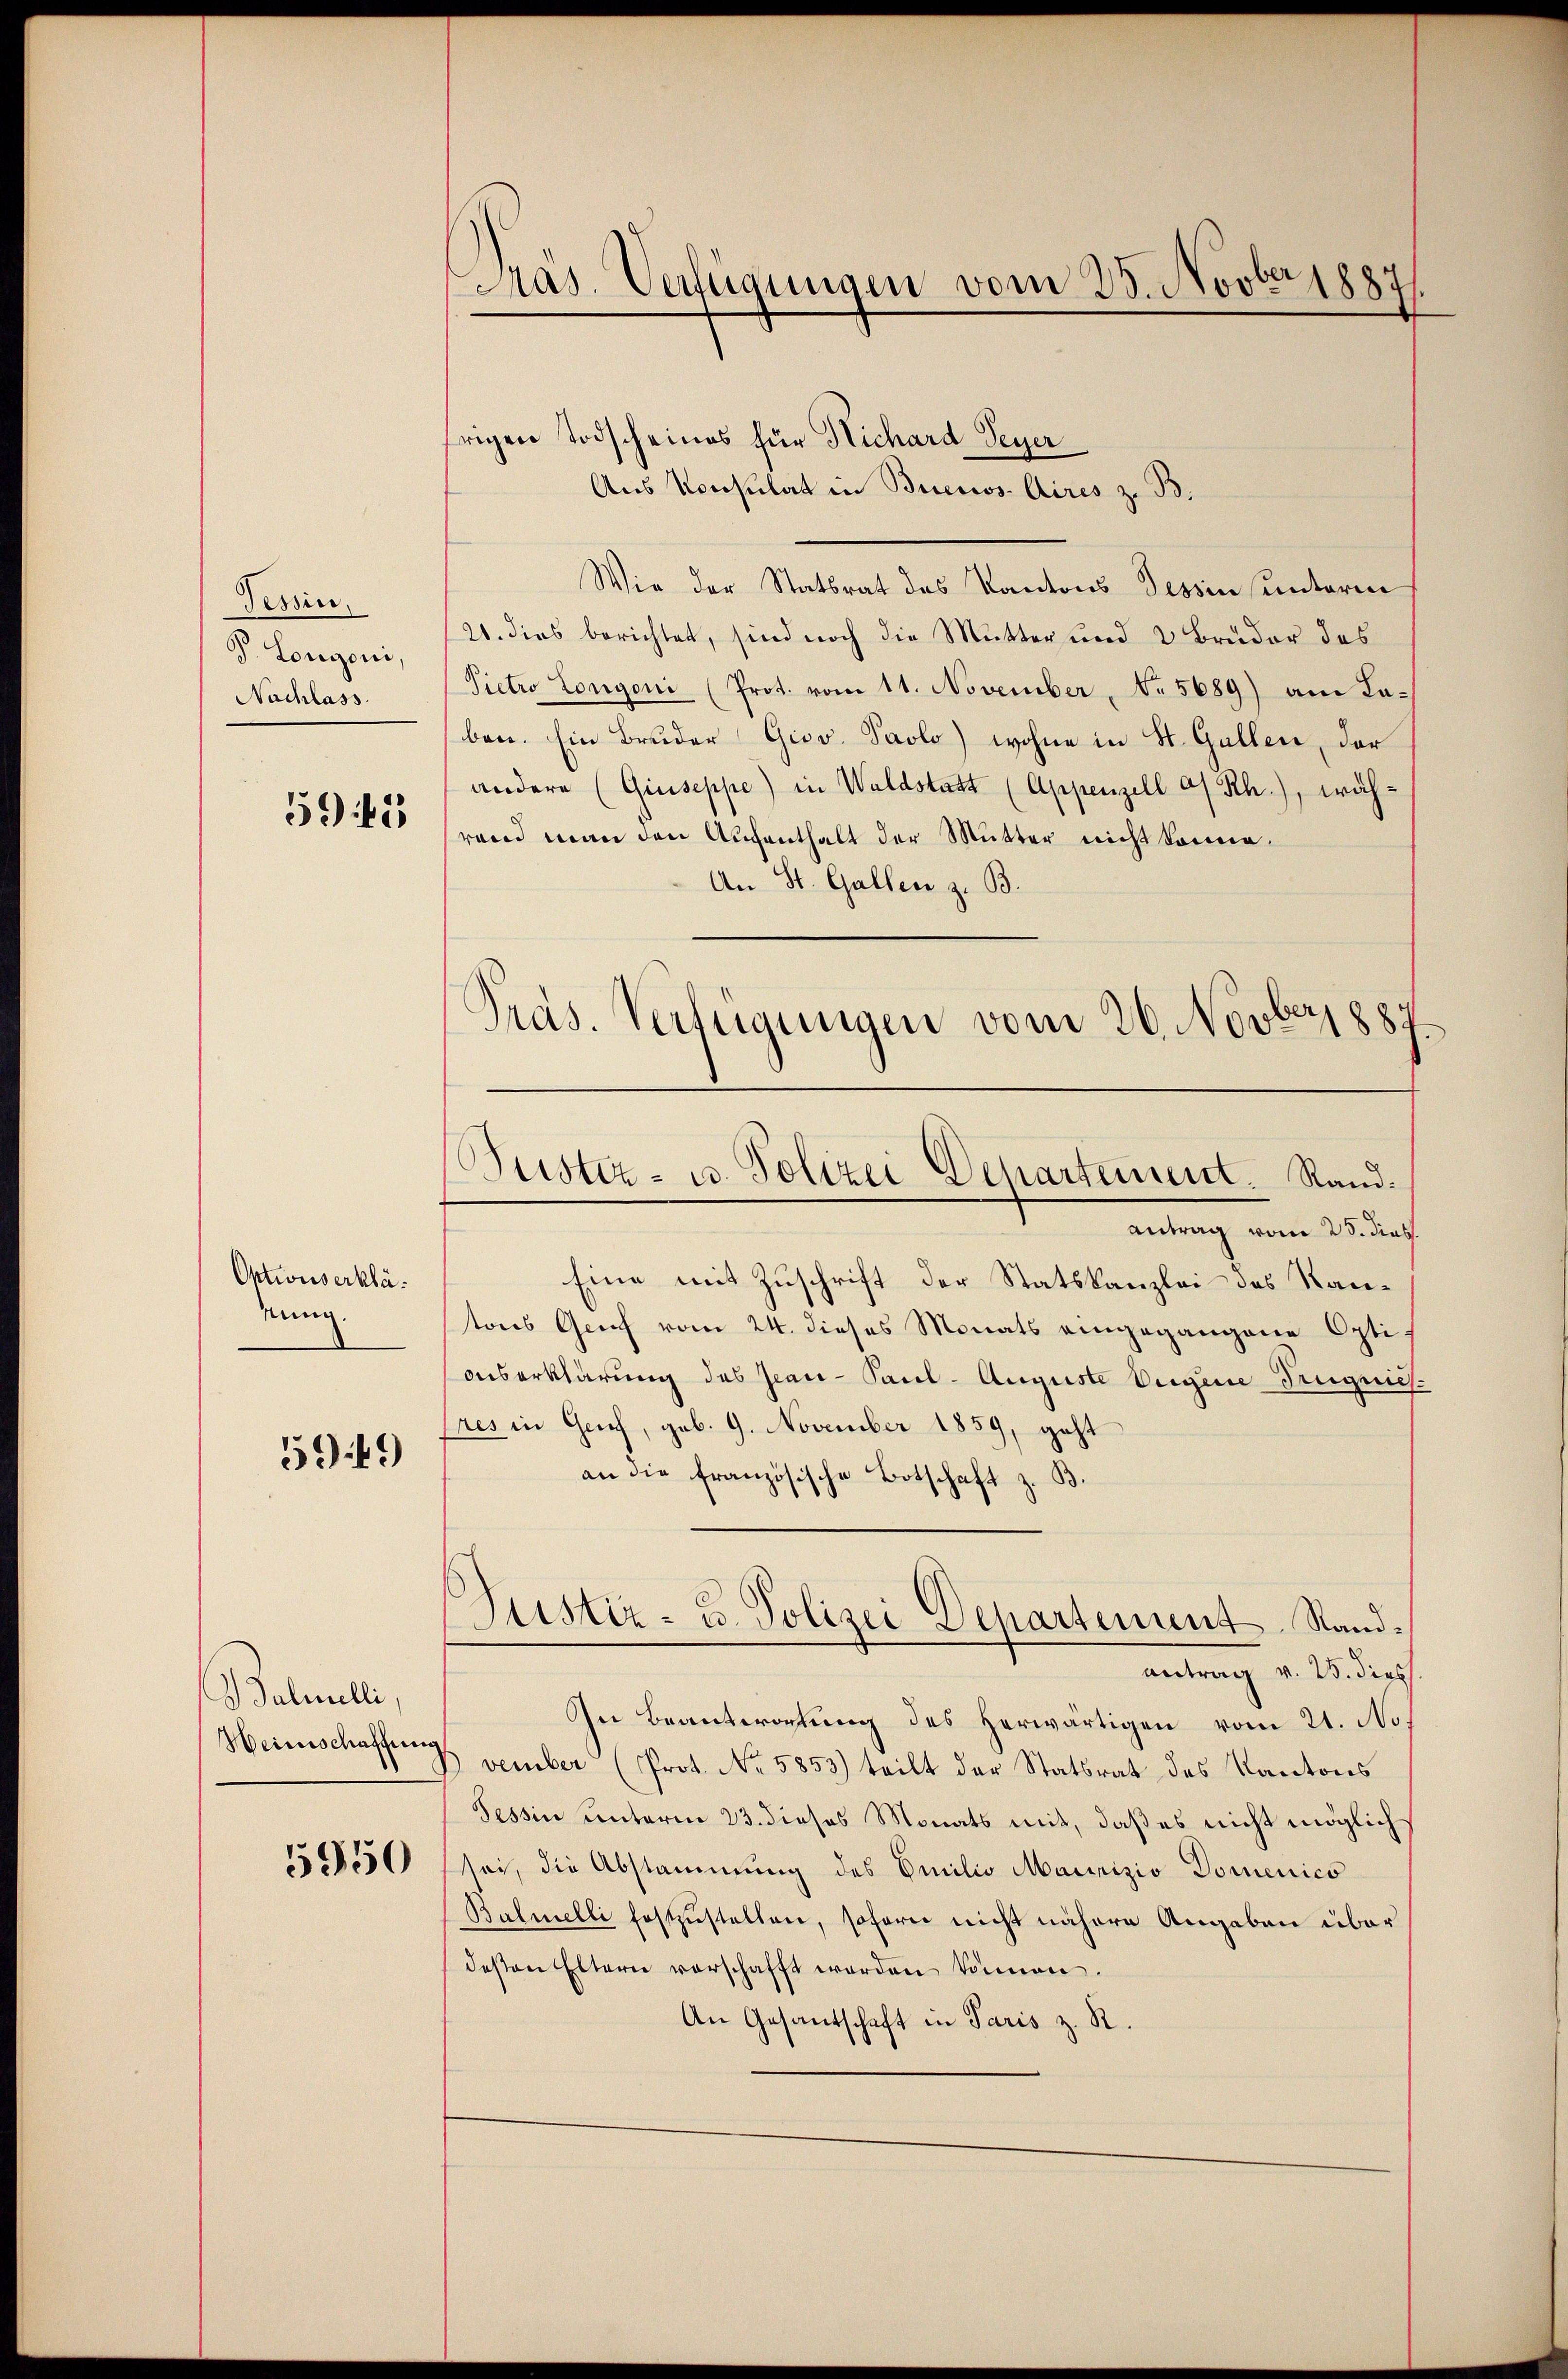
Tessin.
V. Lorgoni,
Nachlass.

595

Optionserklä
nung

5949)

Balmelli,
Heimschaffung

5950

Pras. Verfügungen vom 28. Novber 1887

rigen Todscheines für Michard Seyer
Aus Konsulat in Buenos Aires z. B.
Wie der Stattrat des Kantons Tessin unterm
(21. dies berichtet, sind noch die Mutter und 2 Bruder des
Pietro Longoni (Prot. vom 11. November, No 5689) am Taben. Ein Bruder Giov. Paolo) wohne in St. Gallen, der
andere (Giuseppe) in Waldstatt (Appenzell a/Rh.), wäh-
rend man den Aufenthalt der Mutter nicht könne.
An St. Gallen z. B.
Pras. Verfügungen vom 26. Novbr 1887

Justiz- u. Polizei Departement. Rand¬

Justiz- u. Polizei Departement Standantrag v. 25. dies

antrag vom 25. dies
Eine mit Zuschrift der Statskanzlei des Kantons Graf vom 24. dieses Monats eingegangene Opti-
onserklärung des Jean - Paul - Auguste Eigene Trigenes
res in Geich, geb. 9. November 1859, geht
an die französische Botschaft z. B.
In Beantwortung des herwärtigen vom 21. No.
vember (Prot. No. 5853) teilt der Statsrat des Kantons
Tessin unterm 23. dieses Monats mit, daß es nicht möglich
sei, die Abstammung des Emilio Maurizio Domenico
Balmelli festzustellen, sofern nicht nähere Angaben über
deßen Eltern verschafft worden können.
An Gesandschaft in Paris z. R.